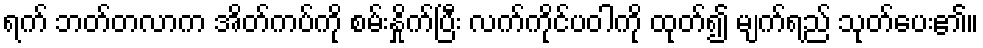
ရက် ဘတ်တလာက အိတ်ကပ်ကို စမ်းနှိုက်ပြီး လက်ကိုင်ပဝါကို ထုတ်၍ မျက်ရည် သုတ်ပေး၏။